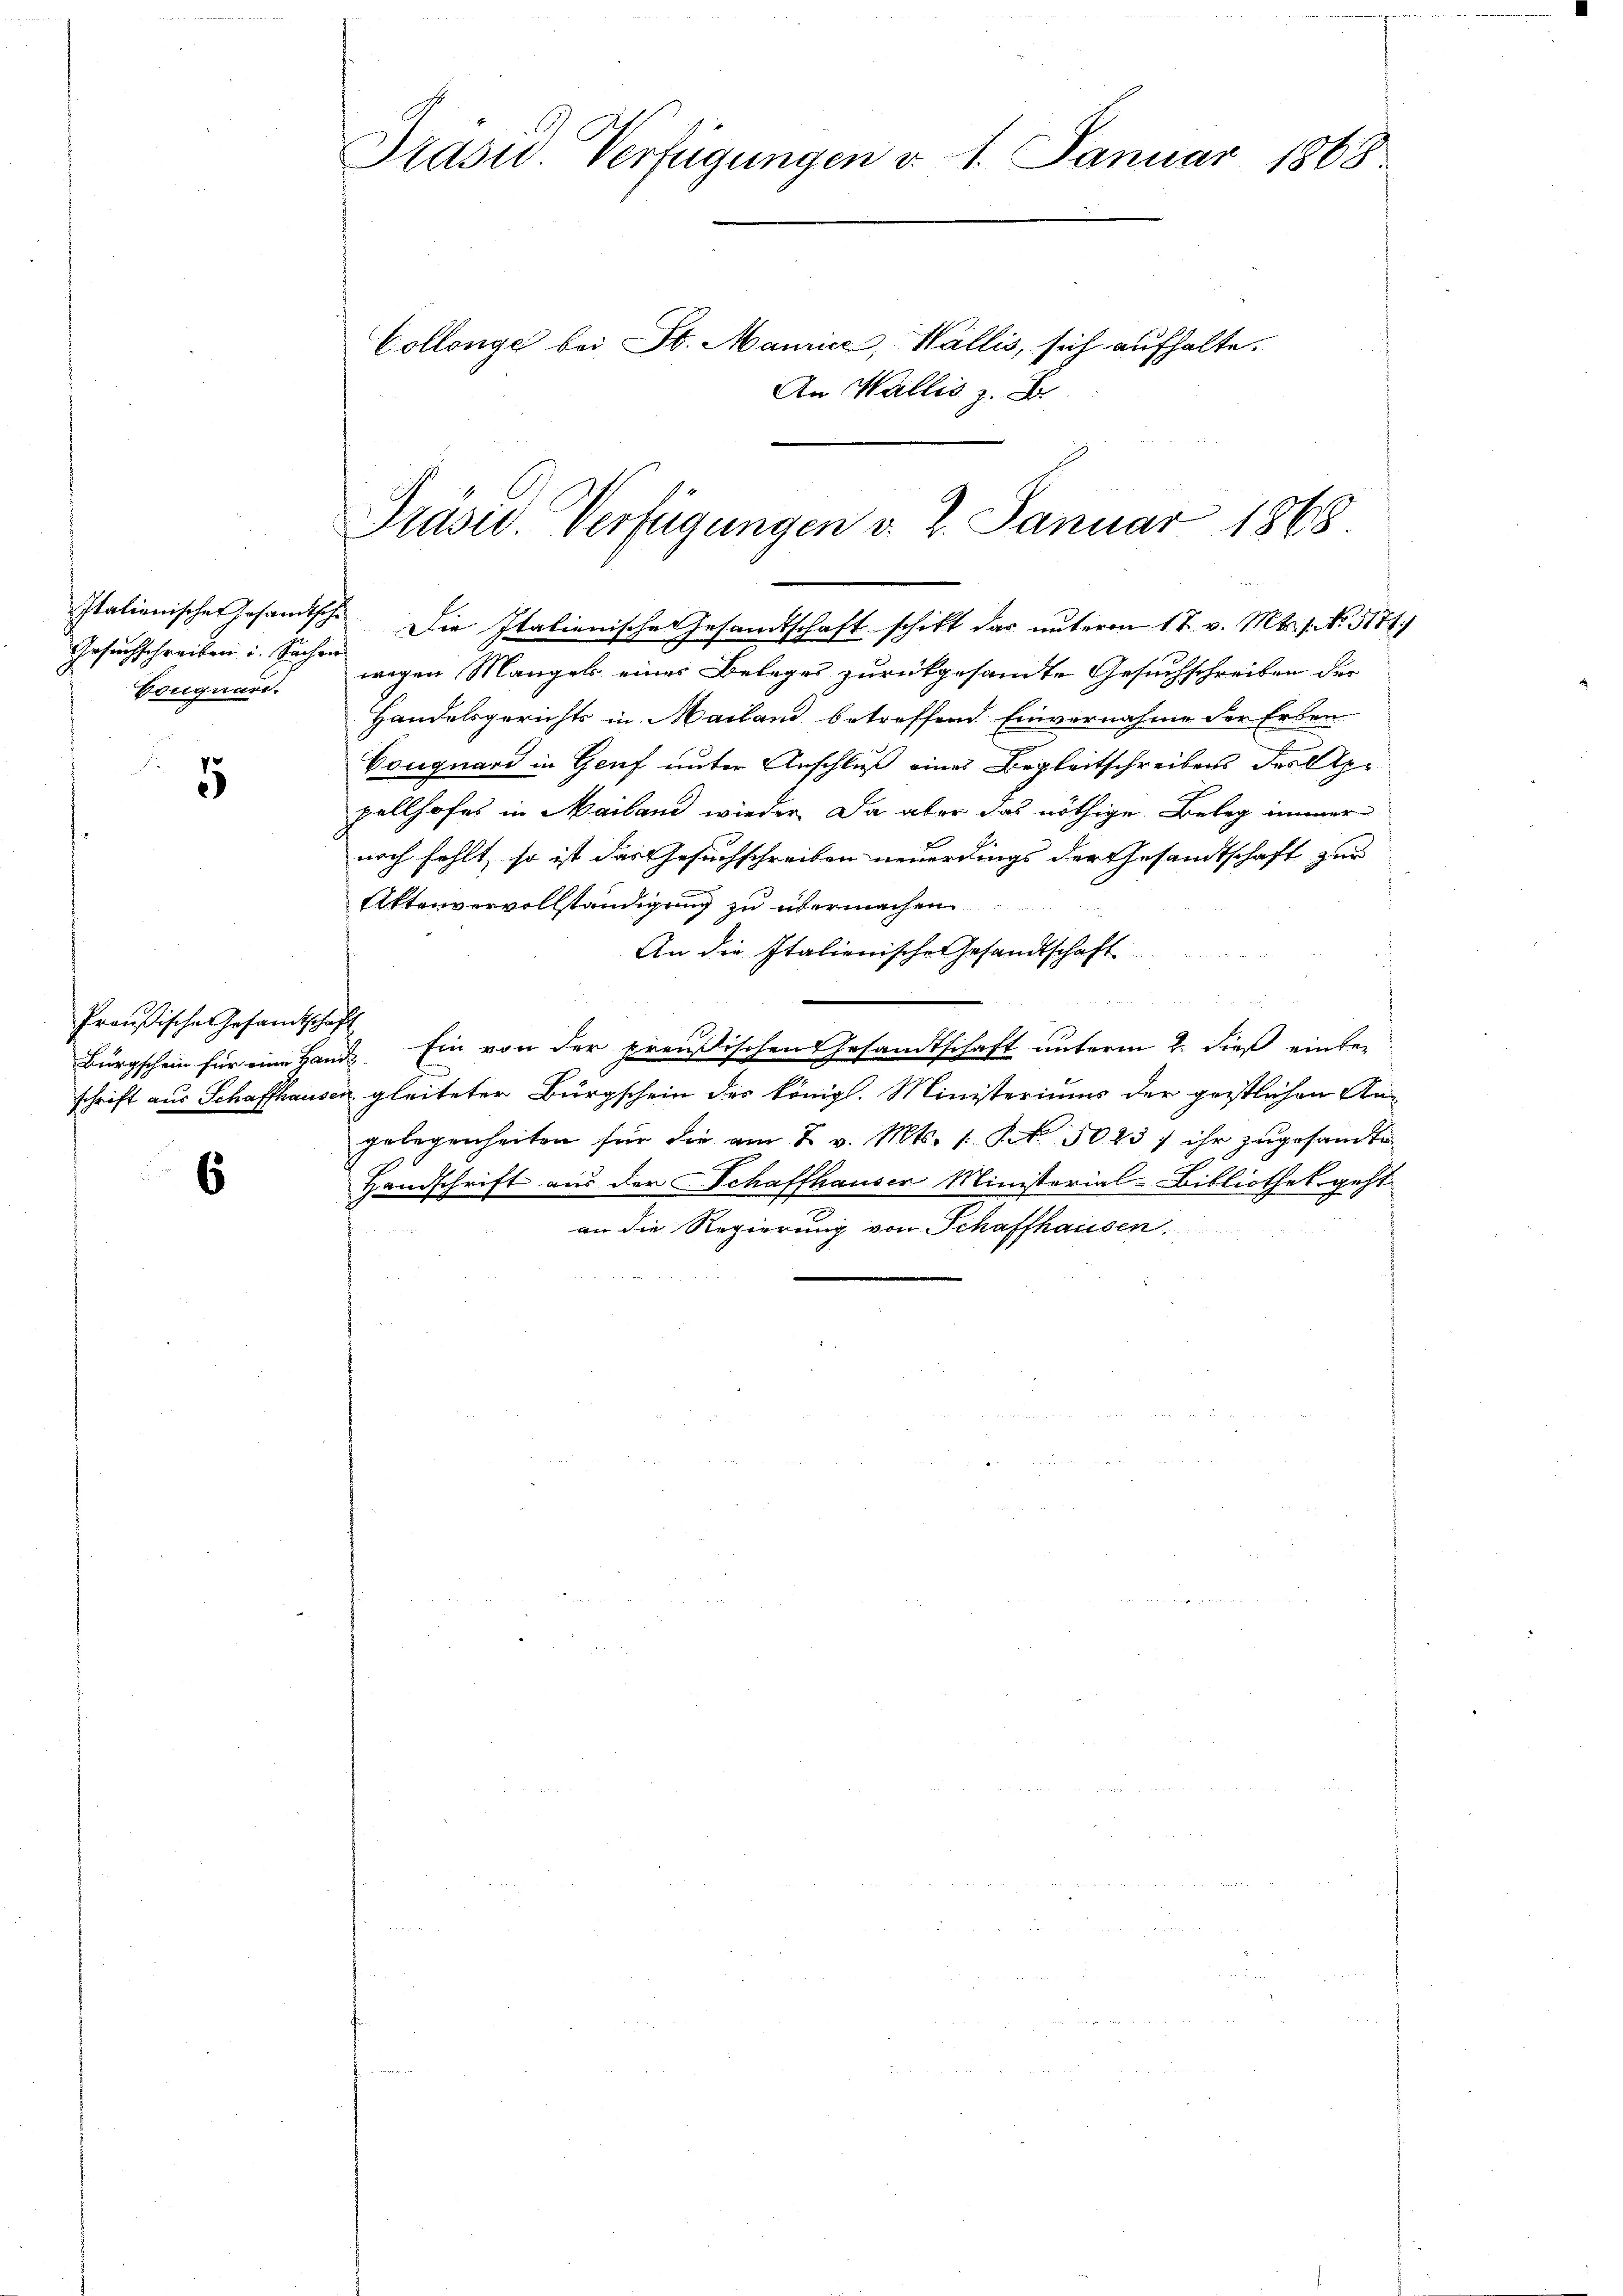
Gesuchschreiben u. Sachen
Conquard.

5

Preußische Gesandtschaft

6

Präsid. Verfügungen d. 1. Januar 1868

Collenge bei St. Maurice, Wallis, sich aufhalte.
An Wallis z. B.

Präsid. Verfügungen v. 2. Januar 1868

Italienischen Gesandtsche Die Italienische Gesandtschaft schikt das unterm 17. v. Mts. 1. No. 5174)
wegen Mangels eines Beleges zurückgesandte Gesuchschreiben der
Handelsgerichts in Mailand betreffend Einvernahme der Erben
Couguard in Genf unter Anschluß eines Begleitschreibens des Appellhofes in Mailand wieder. Da aber das nöthige Beleg immer
noch fehlt, so ist das Gesuchschreiben neuerdings der Gesandtschaft zur
Aktenvervollständigung zu übermachen
An die Italienische Gesandtschaft
Bürgschein für eine Hand. Ein von der preußischen Gesandtschaft unterm 2. dieß einbe-
schrift aus Schaffhausen gleiteter Bürgschein des königl. Ministeriums der geistlichen Angelegenheiten für die am 2. v. Mts. 1 S. 5023) ihr zŭgesandte
Handschrift aus der Schaffhauser Ministerial-Bibliothek geht
an die Regierung von Schaffhausen.